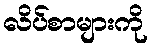
လိပ်စာများကို